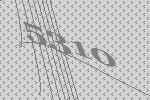
5310